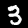
Digit: 3